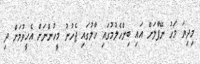
މިދިޔަ މަހު ނޭޕާލަށް އައި ބިންހެލުމުގައި ހާލުގައި ޖެހުނު މީހުންނަށް އެހީވުމަށް ދި